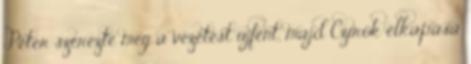
Péter szerezte meg a vezetést újfent, majd Czirók elkapása